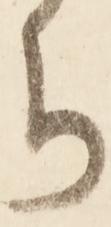
ち